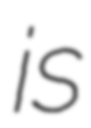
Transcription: is